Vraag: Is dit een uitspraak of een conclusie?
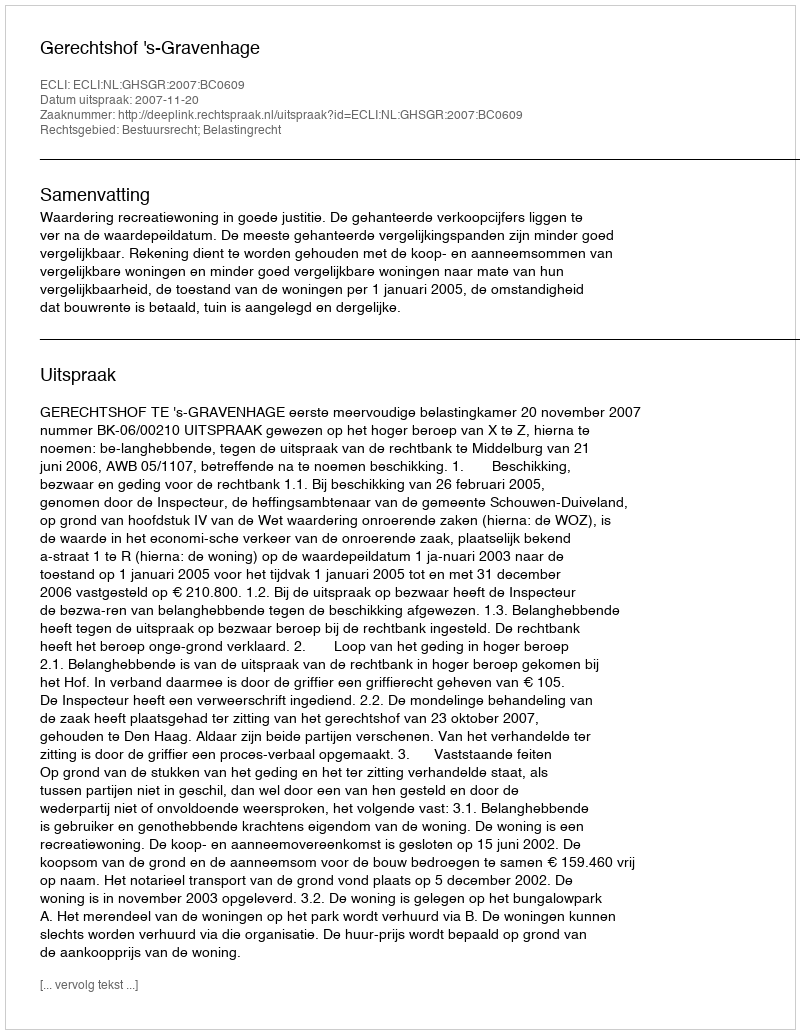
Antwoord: Uitspraak